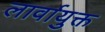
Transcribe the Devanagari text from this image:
लार्वायुक्त